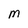
Character: M